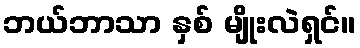
ဘယ်ဘာသာ နှစ် မျိုးလဲရှင်။